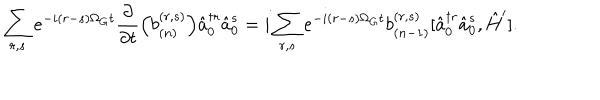
\sum _ { r , s } e ^ { - i ( r - s ) \Omega _ { G } t } \frac { \partial } { \partial t } \Bigl ( b _ { ( n ) } ^ { ( r , s ) } \Bigr ) \hat { a } _ { 0 } ^ { \dagger r } \hat { a } _ { 0 } ^ { s } = i \sum _ { r , s } e ^ { - i ( r - s ) \Omega _ { G } t } b _ { ( n - 1 ) } ^ { ( r , s ) } [ \hat { a } _ { 0 } ^ { \dagger r } \hat { a } _ { 0 } ^ { s } , \hat { H } ^ { \prime } ] .